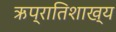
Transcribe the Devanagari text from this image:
ऋप्रातिशाख्य